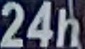
24h